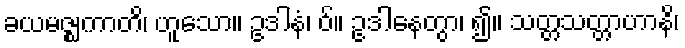
ခယမဇ္ဈကာတိ၊ ဟူသော။ ဥဒါနံ၊ ဝ်။ ဥဒါနေတွာ၊ ၍။ သတ္တသတ္တာဟာနိ၊